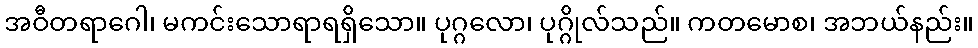
အဝီတရာဂေါ၊ မကင်းသောရာရရှိသော။ ပုဂ္ဂလော၊ ပုဂ္ဂိုလ်သည်။ ကတမောစ၊ အဘယ်နည်း။